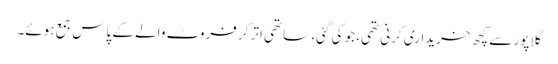
گلاپور سے کچھ خریداری کرنی تھی، جو کی گئی، ساتھی اتر کر فروٹ والے کے پاس جمع ہوئے۔